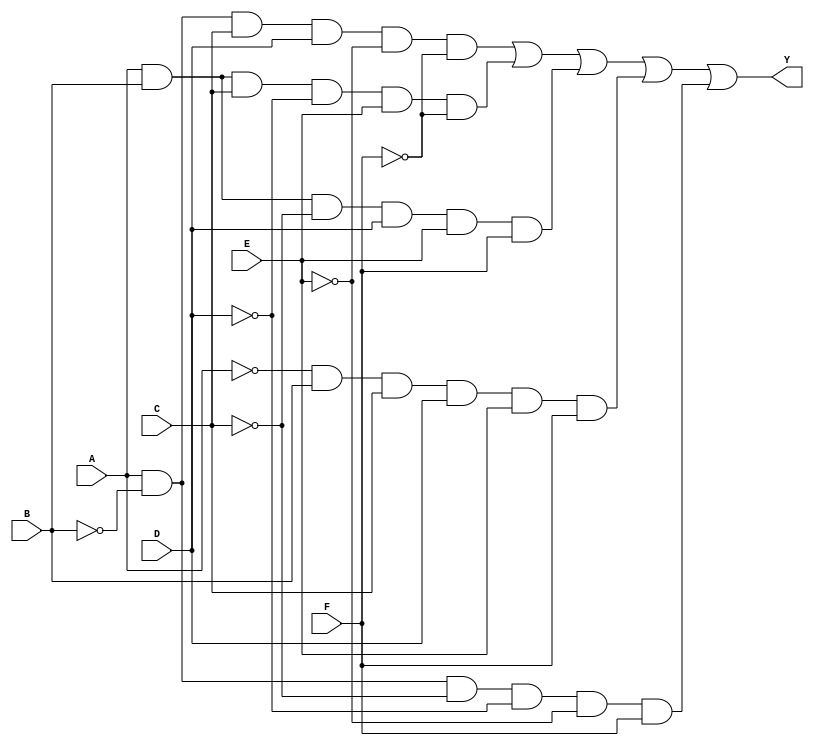
module k_map_six_variable (
    input wire A,
    input wire B,
    input wire C,
    input wire D,
    input wire E,
    input wire F,
    output wire Y
);
    // K-map Configuration
    // This K-map can be filled with actual logic based on minimization
    // Here we will just provide some example logic; update these values based on your K-map grouping

    // Assign Y based on a defined logic function using the values of A, B, C, D, E, F
    assign Y = (A & ~B & C & D & ~E & ~F) | // Group example 1
               (A & B & C & ~D & E & ~F) | // Group example 2
               (A & B & ~C & D & E & F) |  // Group example 3
               (~A & B & C & D & E & F) |  // Group example 4
               (A & ~B & ~C & ~D & ~E & F); // Group example 5
endmodule